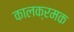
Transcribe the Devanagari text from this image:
कालक्रमक